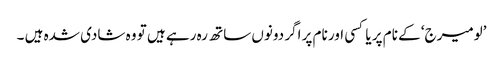
’لومیرج‘ کے نام پر یا کسی اور نام پر اگر دونوں ساتھ رہ رہے ہیں تو وہ شادی شدہ ہیں ۔